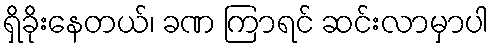
ရှိခိုးနေတယ်၊ ခဏ ကြာရင် ဆင်းလာမှာပါ